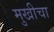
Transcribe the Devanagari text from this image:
मुखीचा